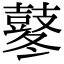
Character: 鼕